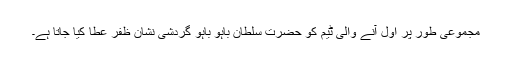
مجموعی طور پر اول آنے والی ٹیم کو حضرت سلطان باہو باہو گردشی نشان ظفر عطا کیا جاتا ہے۔